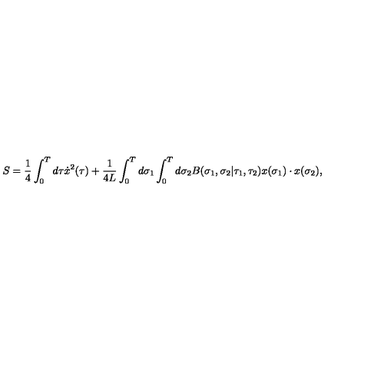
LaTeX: S = { \frac { 1 } { 4 } } \int _ { 0 } ^ { T } d \tau \dot { x } ^ { 2 } ( \tau ) + { \frac { 1 } { 4 L } } \int _ { 0 } ^ { T } d \sigma _ { 1 } \int _ { 0 } ^ { T } d \sigma _ { 2 } B ( \sigma _ { 1 } , \sigma _ { 2 } | \tau _ { 1 } , \tau _ { 2 } ) x ( \sigma _ { 1 } ) \cdot x ( \sigma _ { 2 } ) ,